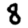
Digit: 8